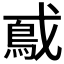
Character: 𫼃